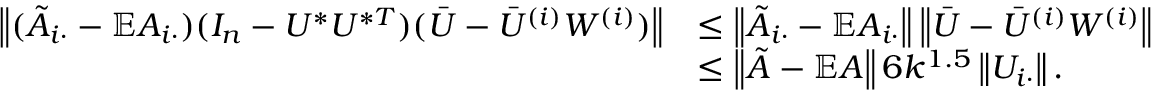
\begin{array} { r l } { \left\| { ( \tilde { A } _ { i \cdot } - \mathbb { E } A _ { i \cdot } ) ( I _ { n } - U ^ { * } U ^ { * T } ) ( \bar { U } - \bar { U } ^ { ( i ) } W ^ { ( i ) } ) } \right\| } & { \leq \left\| { \tilde { A } _ { i \cdot } - \mathbb { E } A _ { i \cdot } } \right\| \left\| { \bar { U } - \bar { U } ^ { ( i ) } W ^ { ( i ) } } \right\| } \\ & { \leq \left\| { \tilde { A } - \mathbb { E } A } \right\| 6 k ^ { 1 . 5 } \left\| { U _ { i \cdot } } \right\| . } \end{array}